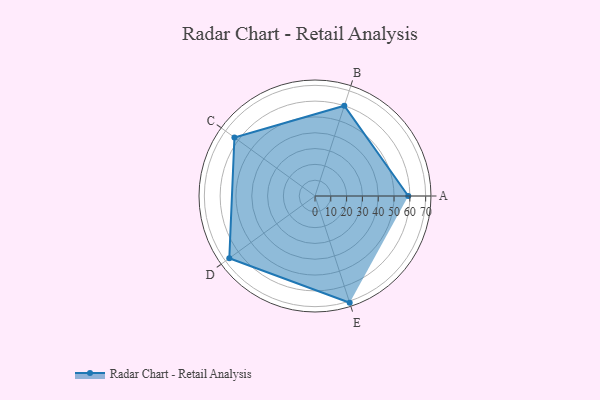
{"axis": {"x": "Skill", "y": "Score"}, "legend": ["Profile"], "data": [{"x": "A", "y": 59.0, "type": "Profile"}, {"x": "B", "y": 60.0, "type": "Profile"}, {"x": "C", "y": 63.0, "type": "Profile"}, {"x": "D", "y": 67.0, "type": "Profile"}, {"x": "E", "y": 71.0, "type": "Profile"}]}